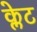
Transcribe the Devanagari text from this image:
क्लेट